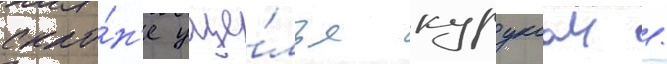
скло́н'е уще́лья куруксаи /